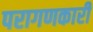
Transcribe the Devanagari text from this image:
परागणकारी